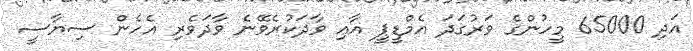
އަދި 65000 މީހުންގެ ވަރުގަދަ އެމްޑީޕީ އާއި ވާދަކުރެވޭނެ ވާދަވެރި އެހެން ސިޔާސީ